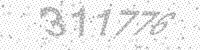
Solution: 311776